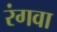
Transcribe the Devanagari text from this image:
रंगवा